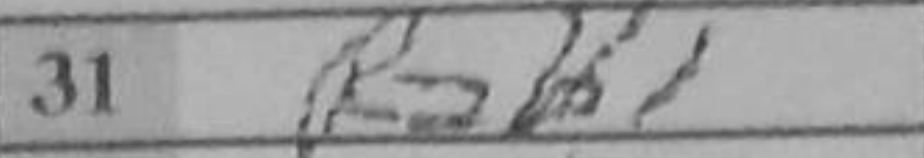
Transcription: Rab1